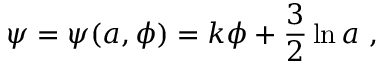
\psi = \psi ( a , \phi ) = k \phi + \frac { 3 } { 2 } \ln { a } \ ,